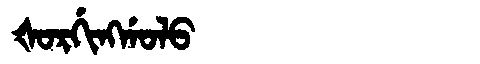
Manchu: ᡧᠣᡵᡤᡳᠩᡤᠣᠯᠣ
Romanization: ŠORGINGGOLO